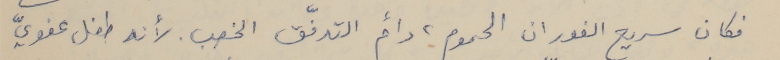
فكان سريع الفوران الحموم، داءم التدفّق الخصب. لأنه طفل عفويّ